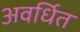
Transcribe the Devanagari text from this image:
अवर्धित